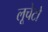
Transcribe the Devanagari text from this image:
लूचेटो